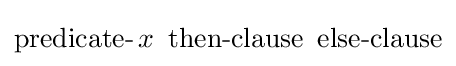
\operatorname {predicate-} x\ \operatorname {then-clause} \ \operatorname {else-clause}